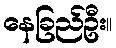
နေခြည်ဦး။